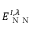
E _ { \textrm { N N } } ^ { I , \lambda }